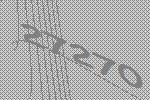
27270